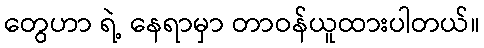
တွေဟာ ရဲ့ နေရာမှာ တာဝန်ယူထားပါတယ်။